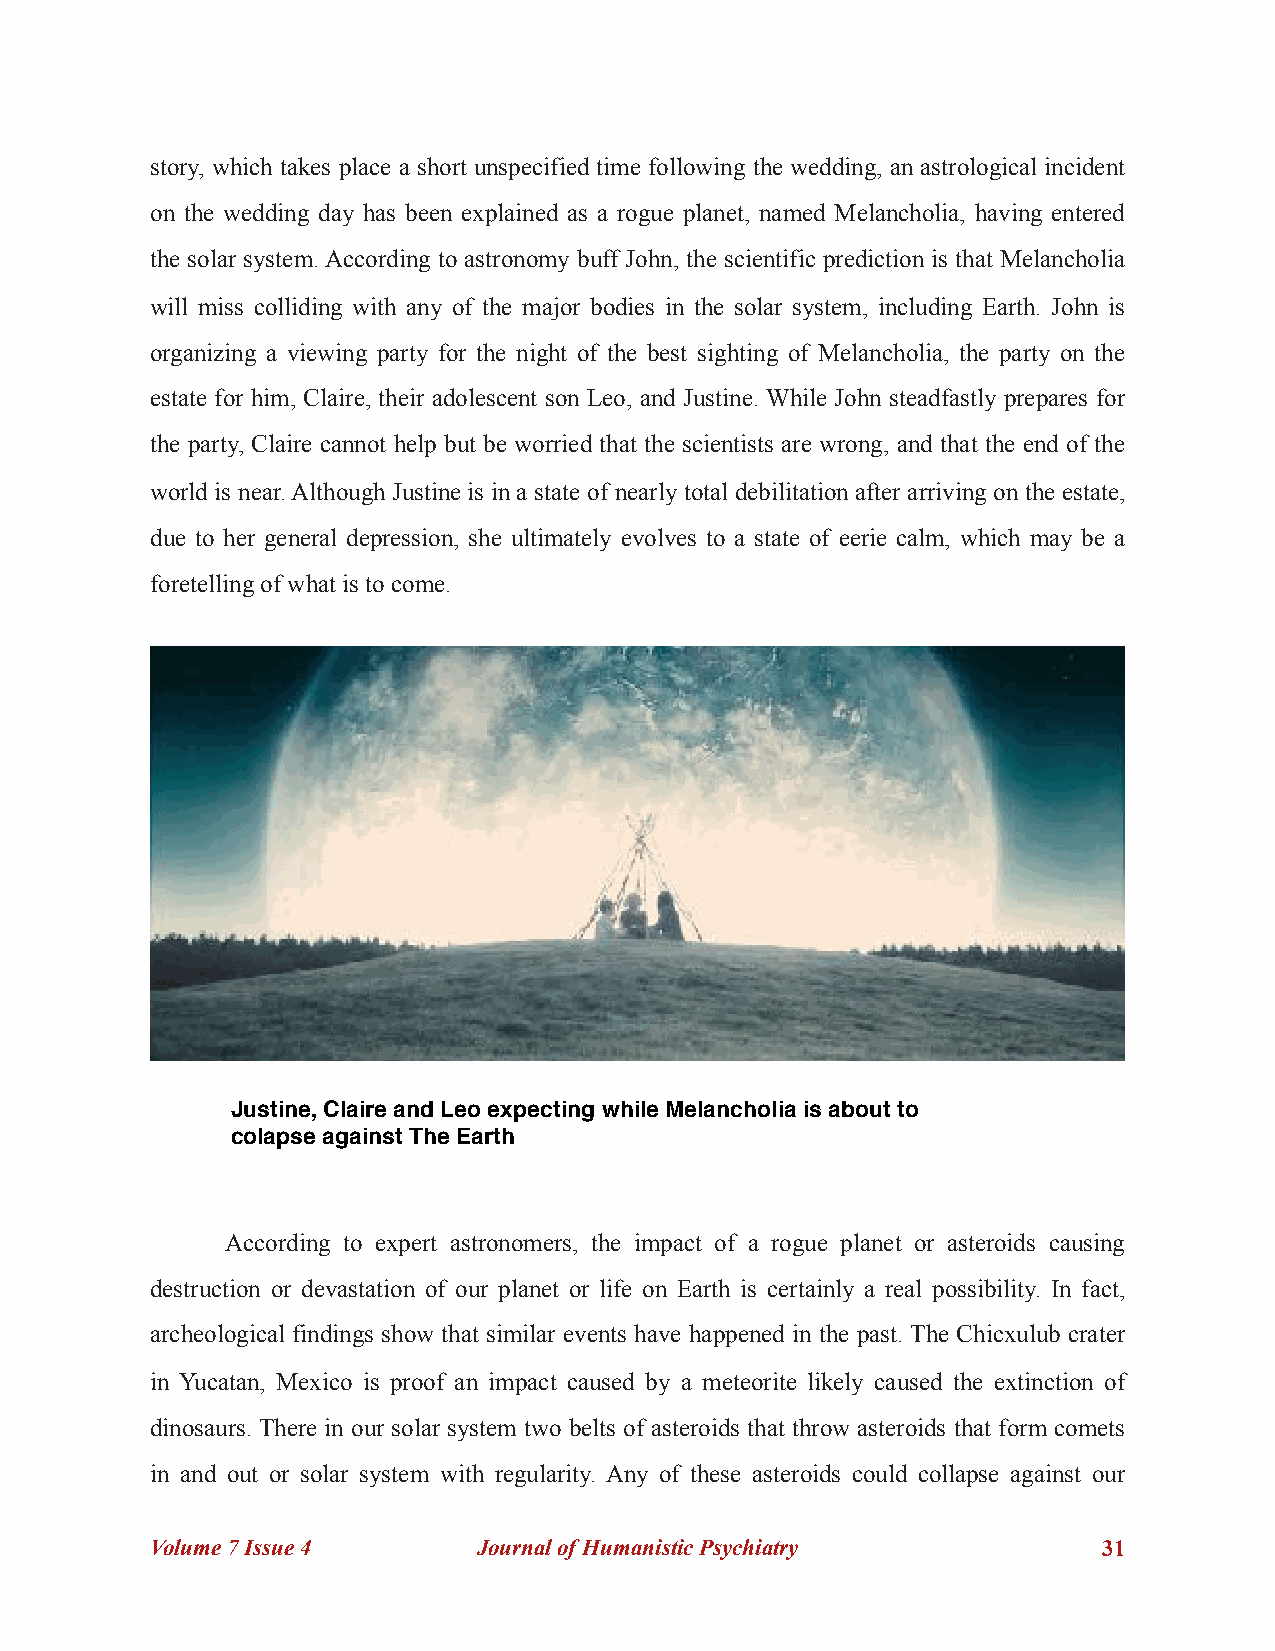
story, which takes place a short unspecified time following the wedding, an astrological incident
 on the wedding day has been explained as a rogue planet, named Melancholia, having entered
 the solar system. According to astronomy buff John, the scientific prediction is that Melancholia
 will miss colliding with any of the major bodies in the solar system, including Earth. John is
 organizing a viewing party for the night of the best sighting of Melancholia, the party on the
 estate for him, Claire, their adolescent son Leo, and Justine. While John steadfastly prepares for
 the party, Claire cannot help but be worried that the scientists are wrong, and that the end of the
 world is near. Although Justine is in a state of nearly total debilitation after arriving on the estate,
 due to her general depression, she ultimately evolves to a state of eerie calm, which may be a
 foretelling of what is to come.
 Justine, Claire and Leo expecting while Melancholia is about to
 colapse against The Earth
 According to expert astronomers, the impact of a rogue planet or asteroids causing
 destruction or devastation of our planet or life on Earth is certainly a real possibility. In fact,
 archeological findings show that similar events have happened in the past. The Chicxulub crater
 in Yucatan, Mexico is proof an impact caused by a meteorite likely caused the extinction of
 dinosaurs. There in our solar system two belts of asteroids that throw asteroids that form comets
 in and out or solar system with regularity. Any of these asteroids could collapse against our
 Volume 7 Issue 4      Journal of Humanistic Psychiatry         !31